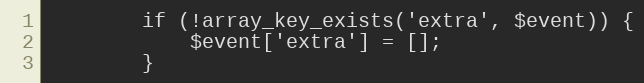
Language: PHP
        if (!array_key_exists('extra', $event)) {
            $event['extra'] = [];
        }